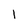
Character: 1